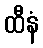
ထီနံ